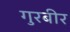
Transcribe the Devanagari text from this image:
गुरबीर